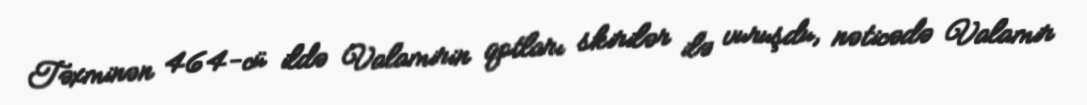
Təxminən 464-cü ildə Valamirin qotları skirilər ilə vuruşdu, nəticədə Valamir